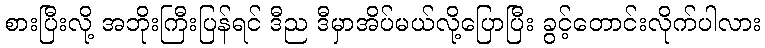
စားပြီးလို့ အဘိုးကြီးပြန်ရင် ဒီည ဒီမှာအိပ်မယ်လို့ပြောပြီး ခွင့်တောင်းလိုက်ပါလား